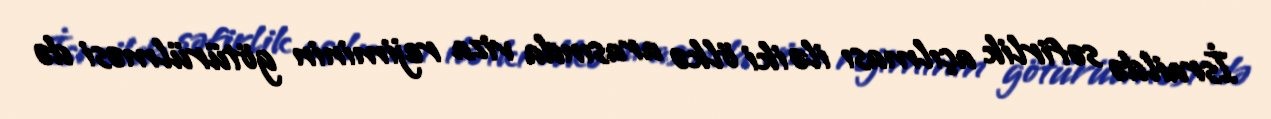
İsraildə səfirlik açılması ilə iki ölkə arasında viza rejiminin götürülməsi də